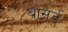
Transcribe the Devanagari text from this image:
ब्रासर्ड